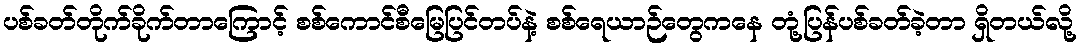
ပစ်ခတ်တိုက်ခိုက်တာကြောင့် စစ်ကောင်စီမြေပြင်တပ်နဲ့ စစ်ရေယာဉ်တွေကနေ တုံ့ပြန်ပစ်ခတ်ခဲ့တာ ရှိတယ်လို့